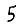
Digit: 5